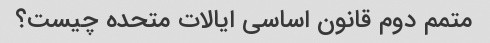
متمم دوم قانون اساسی ایالات متحده چیست؟